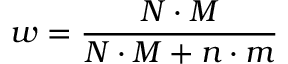
w = \frac { N \cdot M } { N \cdot M + n \cdot m }